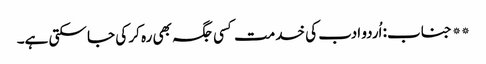
** جناب: اُردو ادب کی خدمت کسی جگہ بھی رہ کر کی جا سکتی ہے۔